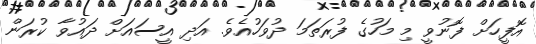
އޮފީހަށް ފޮނުވީ މި މަހުގެ ފުރަތަމަ ދުވަހުއެވެ. އަދި އީސައަށް ދައުވާ ކުރަން